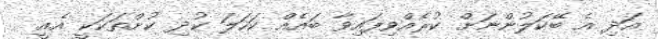
އަދި އެ ބޭކަލުންނަށް ކުރެއްވިފައިވާ ބައެއް ކަހަލަ ކުދި ކުށްތަކަކީ އެއީ